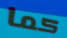
كما